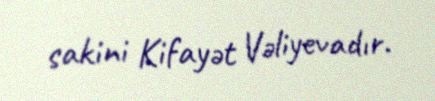
sakini Kifayət Vəliyevadır.